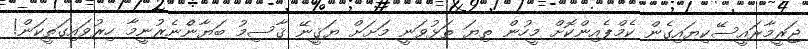
ޖަރީމާރައީސޭކިޔައިގެން ކެމްޕެއިންކޮށް މީހުން ތިޔަ ތަޅުވަނީ މަށަށް ޔަޤީނޭ ޤާސިމު ބަޔާނެްނެރުނީމާ ހިރުވައިގަތީކަން!